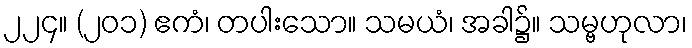
၂၂၄။ (၂၀၁) ဧကံ၊ တပါးသော။ သမယံ၊ အခါ၌။ သမ္ဗဟုလာ၊